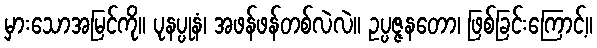
မှားသောအမြင်ကို။ ပုနပ္ပုနံ၊ အဖန်ဖန်တစ်လဲလဲ။ ဥပ္ပဇ္ဇနတော၊ ဖြစ်ခြင်းကြောင့်။